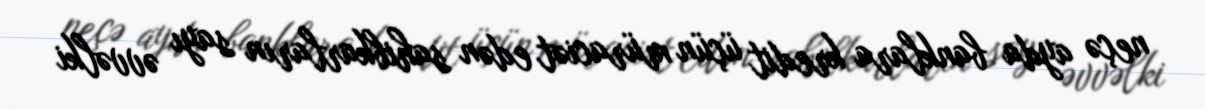
neçə ayda banklara kredit üçün müraciət edən sahibkarların sayı əvvəlki